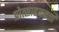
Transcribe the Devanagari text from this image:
प्रोत्साहनकर्त्ता